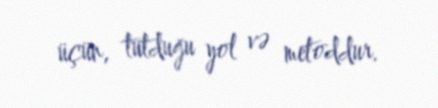
üçün, tutduğu yol və metoddur.